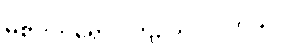
မစားဘဲရှောင်ကြဉ်သင့်ပါတယ်။